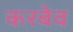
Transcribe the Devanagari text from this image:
करबेव